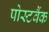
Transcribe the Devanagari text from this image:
पोस्टवैंक